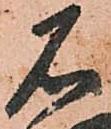
石